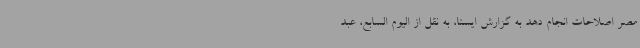
مصر اصلاحات انجام دهد به گزارش ایسنا، به نقل از الیوم السابع، عبد